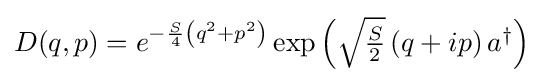
{\textstyle D(q,p)=e^{-{\frac {S}{4}}\left(q^{2}+p^{2}\right)}\exp \left({\sqrt {\frac {S}{2}}}\left(q+ip\right)a^{\dagger }\right)}